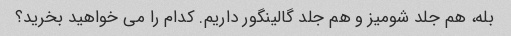
بله، هم جلد شومیز و هم جلد گالینگور داریم. کدام را می خواهید بخرید؟